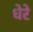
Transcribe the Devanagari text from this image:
धेरे